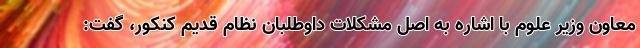
معاون وزیر علوم با اشاره به اصل مشکلات داوطلبان نظام قدیم کنکور، گفت: